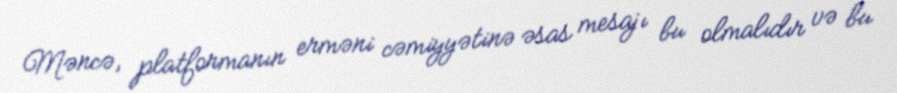
Məncə, platformanın erməni cəmiyyətinə əsas mesajı bu olmalıdır və bu